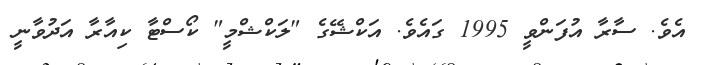
އެވެ. ސާރާ އުފަންވީ 1995 ގައެވެ. އަކްޝޭގެ "ލަކްޝްމީ" ކޯސްޓާ ކިއާރާ އަދުވާނީ